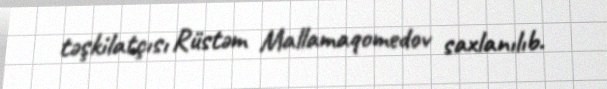
təşkilatçısı Rüstəm Mallamaqomedov saxlanılıb.